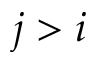
j > i